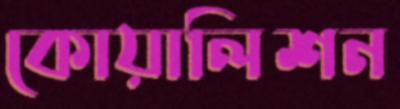
কোয়ালিশন